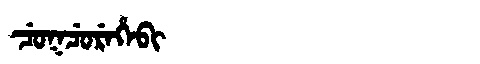
Manchu: ᠴᡠᡴᠴᡠᡵᡝᡥᡝᠪᡳ
Romanization: CUKCUREHEBI